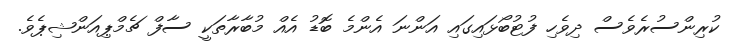
ކުރިންސުރެވެސް ދިވެހި ފުޓުބޯޅައިގައި އަންނަ އެންމެ ބޮޑު އެއް މުބާރާތަކީ ސާފް ޗެމްޕިއަންޝިޕެވެ.